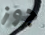
جوز